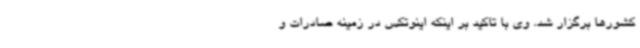
کشورها برگزار شد. وی با تاکید بر اینکه اینوتکس در زمینه صادرات و